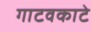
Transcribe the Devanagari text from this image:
गाटवकाटे